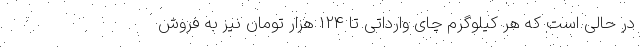
در حالی است که هر کیلوگرم چای وارداتی تا 124 هزار تومان نیز به فروش